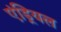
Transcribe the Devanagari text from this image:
एंड्रियल